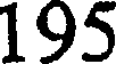
195